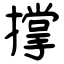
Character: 撑